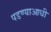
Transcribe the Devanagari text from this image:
पडण्याआधी